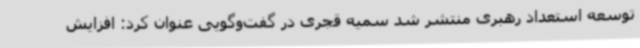
توسعه استعداد رهبری منتشر شد سمیه قجری در گفت‌وگویی عنوان کرد: افزایش